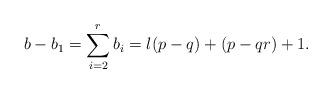
LaTeX: \begin{align*} b-b_1=\sum_{i=2}^r b_i= l(p-q) + (p-qr) + 1. \end{align*}